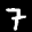
Label: 7